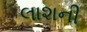
લાશની